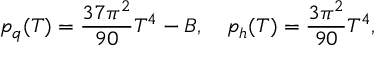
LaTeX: p _ { q } ( T ) = { \frac { 3 7 \pi ^ { 2 } } { 9 0 } } T ^ { 4 } - B , \quad p _ { h } ( T ) = { \frac { 3 \pi ^ { 2 } } { 9 0 } } T ^ { 4 } ,